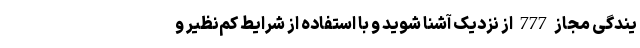
یندگی‌ مجاز 777 از نزدیک آشنا شوید و با استفاده از شرایط کم‌نظیر و